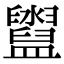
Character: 𥃔